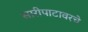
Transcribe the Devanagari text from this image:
सारीपाटावरचे